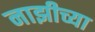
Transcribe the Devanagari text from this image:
नाझीच्या